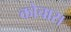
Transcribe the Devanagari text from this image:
कोचास